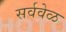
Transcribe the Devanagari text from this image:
सर्ववेळ